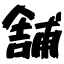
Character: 舗